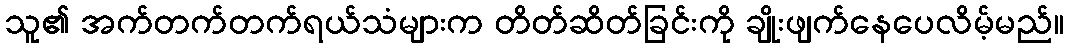
သူ၏ အက်တက်တက်ရယ်သံများက တိတ်ဆိတ်ခြင်းကို ချိုးဖျက်နေပေလိမ့်မည်။